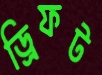
ড্রিফট